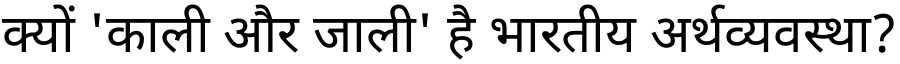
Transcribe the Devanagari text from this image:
क्यों 'काली और जाली' है भारतीय अर्थव्यवस्था?